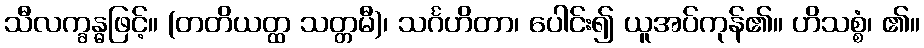
သီလက္ခန္ဓဖြင့်။ (တတိယတ္ထ သတ္တမီ)၊ သင်္ဂဟိတာ၊ ပေါင်း၍ ယူအပ်ကုန်၏။ ဟိသစ္စံ၊ ၏။